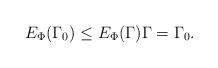
LaTeX: \begin{align*} E_\Phi(\Gamma_0) \leq E_\Phi(\Gamma) \Gamma = \Gamma_0.\end{align*}